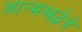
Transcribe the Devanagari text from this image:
आत्मश्रद्धेचे